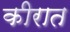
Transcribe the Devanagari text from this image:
कीरात